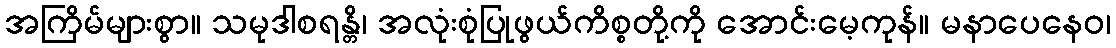
အကြိမ်များစွာ။ သမုဒါစရန္တိ၊ အလုံးစုံပြုဖွယ်ကိစ္စတို့ကို အောင်းမေ့ကုန်။ မနာပေနေဝ၊